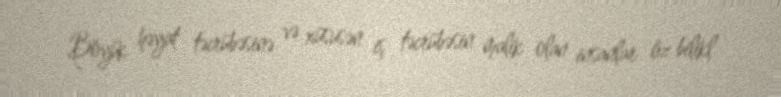
Böyük həyat təcrübəsinə və xüsusən iş təcrübəsin malik olan insanlar öz bilikl